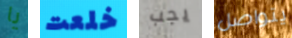
يا خلعت يجب يتواصل